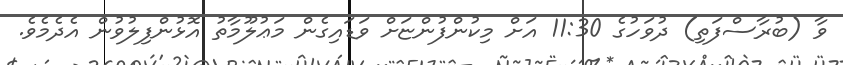
ވާ (ބުރާސްފަތި) ދުވަހުގެ 11:30 އަށް މިކުންފުންޏަށް ވަޑައިގެން މަޢުލޫމާތު އޮޅުންފިލުވުން އެދެމެވެ.